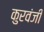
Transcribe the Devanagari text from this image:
कुरवंजी